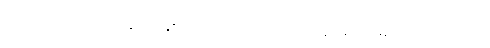
နဝဝဿသတဿာနိ၊ အနှစ်ကိုးသောင်းပတ်လုံး။ အဂါရံ၊ အိမ်ရာထောင်သော